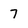
Character: 7